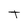
Character: t